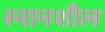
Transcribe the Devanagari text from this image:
स्नानशील